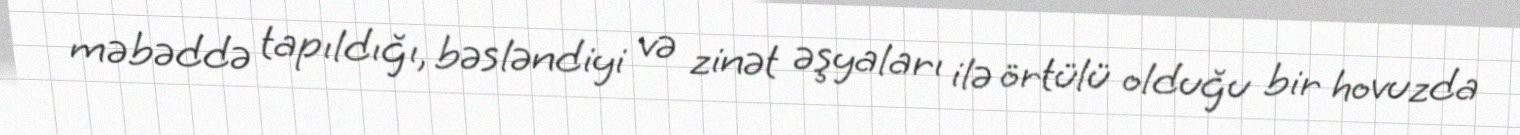
məbəddə tapıldığı, bəsləndiyi və zinət əşyaları ilə örtülü olduğu bir hovuzda